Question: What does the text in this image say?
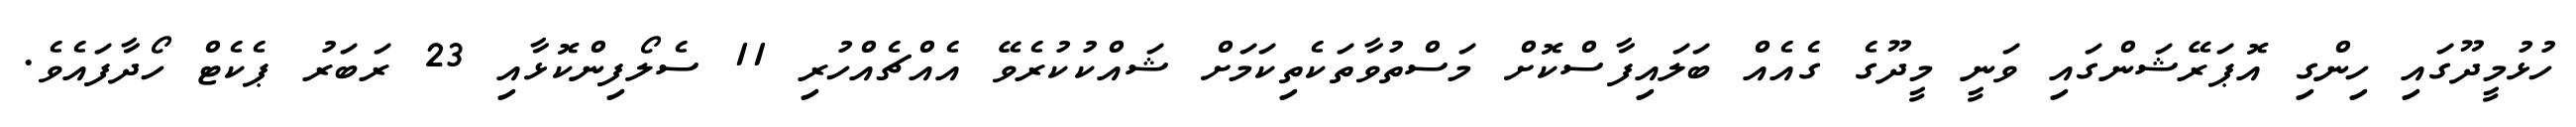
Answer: ހުޅުމީދޫގައި ހިންގި އޮޕަރޭޝަންގައި ވަނީ މީދޫގެ ގެއެއް ބަލައިފާސްކޮށް މަސްތުވާތަކެތިކަމަށް ޝައްކުކުރެވޭ އެއްޗެއްހުރި 11 ސެލޯފިންކޮޅާއި 23 ރަބަރު ޕެކެޓް ހޯދާފައެވެ.